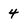
Character: 4